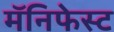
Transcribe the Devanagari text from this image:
मॅनिफेस्ट